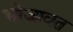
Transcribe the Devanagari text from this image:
भोजावत